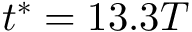
t ^ { * } = 1 3 . 3 T